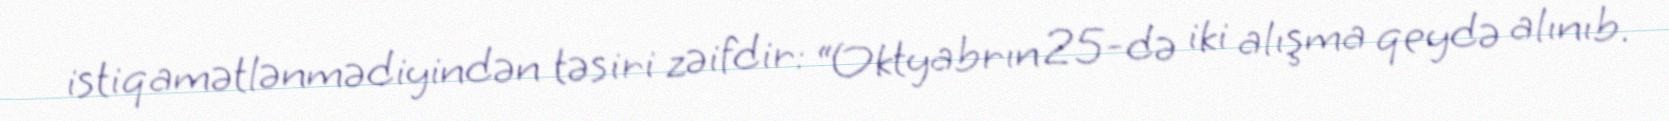
istiqamətlənmədiyindən təsiri zəifdir: “Oktyabrın 25-də iki alışma qeydə alınıb.